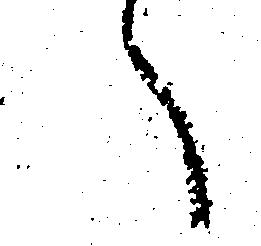
へ